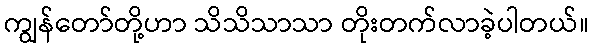
ကျွန်တော်တို့ဟာ သိသိသာသာ တိုးတက်လာခဲ့ပါတယ်။